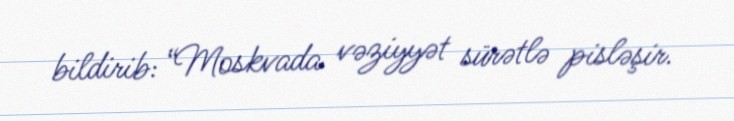
bildirib: “Moskvada vəziyyət sürətlə pisləşir.